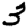
Digit: 3